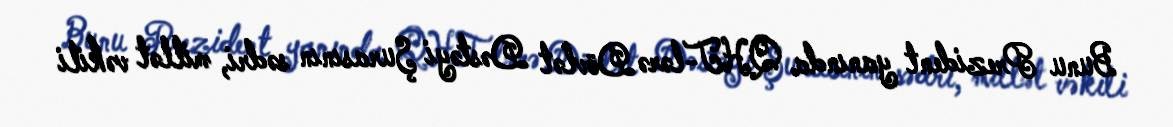
Bunu Prezident yanında QHT-lərə Dövlət Dəstəyi Şurasının sədri, millət vəkili